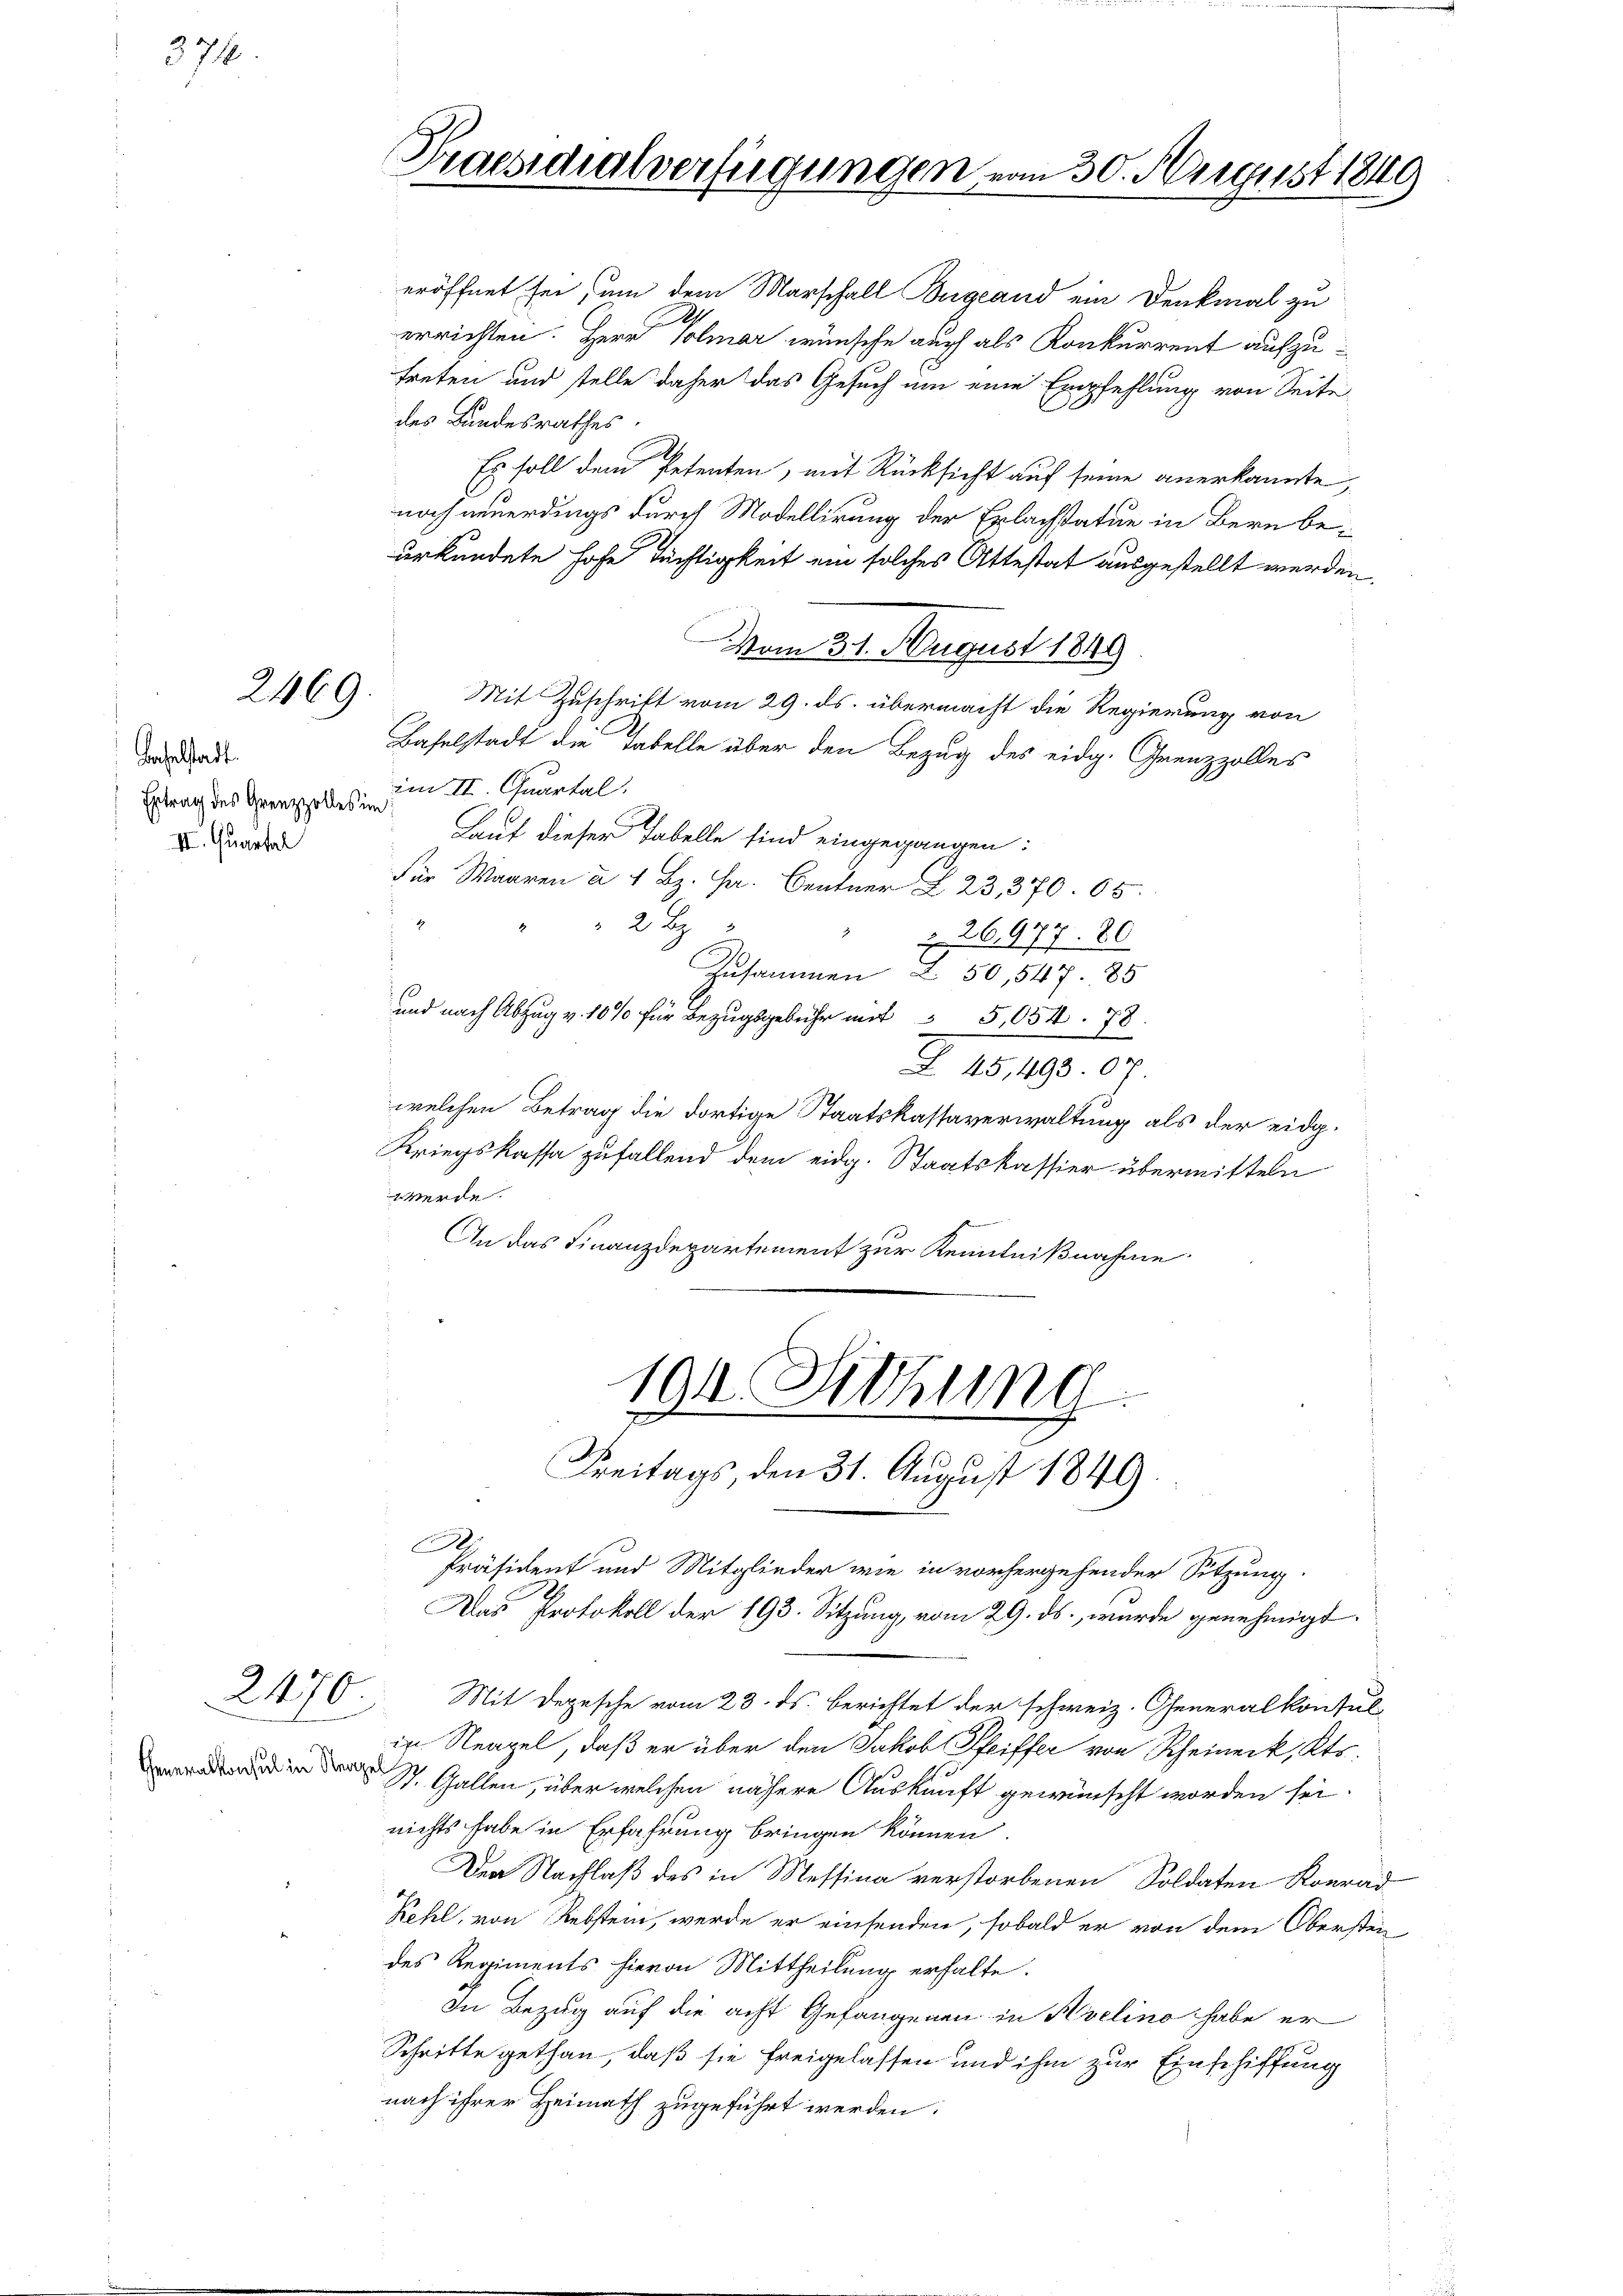
378.

Bachselstadt.
Ertrag des Grenzzolles im
III. Quartal

2469.

Generalkonsul in Neapel

d
Praesidialverfügungen vom 30. Mergerst 1849

eröffnet sei, um dem Marschall Begland ein Denkmal zu
errichten. Herr Volmar wünsche auch als Konkurrent aufzutreten und stelle daher das Gesuch um eine Empfehlung von Seite
des Bundesrathes.
Es soll dem Petenten, mit Rücksicht auf seine anerkannte,
noch neuerdings durch Modellirung der Erlachstatue in Bern beurkundete Hofe Tüchtigkeit ein solches Attestat ausgestellt werden.
vom 31. August 1849
Mit Zuschrift vom 29. ds. übermacht die Regierung von
Baselstadt die Tabelle über den Bezug des eidg. Grenzzolles
im II. Quartal.
Laut dieser Tabelle sind eingegangen:
Für Waaren à 4. Bz. Hr. Centner Z. 23, 370. 65.
t
2 B
" § 26,977. 80
Zusammen Z. 50, 547. 85
und nach Abzug v. 10% für Bezugsgebühr mit " 5,054 78
Z 45, 493. 07.
welchen Betrag die dortige Staatskassaverwaltung als der eidg.
Kriegskassa zufallend dem eidg. Staatskassier übermitteln
werde.
An das Finanzdepartement zur Kenntnißnahme

104. Sitzung
Freitags, den 31. August 1849.
Präsident und Mitglieder wie in vorhergehender Sitzung.
Das Protokoll der 193. Sitzung, vom 29. ds., wurde genehmigt.

214/0 Mit Depesche vom 23. ds. berichtet der schweiz. Generalkonsul
in Neapel, daß er über den Jakob Pfeiffer von Rheineck, Kts.
St. Gallen, über welchen nähere Auskunft gewünscht worden sei
nichts habe in Erfahrung bringen können.
Den Nachlaß des in Messina verstorbenen Soldaten Konrad
Kehl, von Rebstein, werde er einsenden, sobald er von dem Oberstendes Regiments hievon Mittheilung erhalte.
In Bezug auf die acht Gefangenen in Avelino habe er
Schritte gethan, daß sie freigelassen und ihm zur Einschiffung
nach ihrer Heimath zugeführt werden.